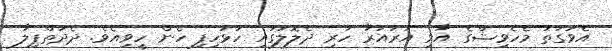
އެވަގުތު މެހެވިޝްގެ އާވި އަރައަރާ ހުރި ދެލޮލުގައި ހުޅުހިފި ހެން ހީވިއެވެ. ދެދަތްޕިލާ